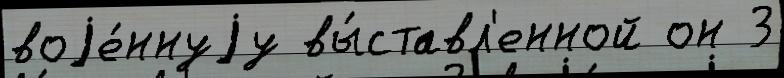
воjе́ннуjу вы́ставл'енной он 3